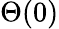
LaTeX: \Theta(0)